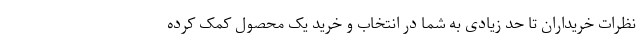
نظرات خریداران تا حد زیادی به شما در انتخاب و خرید یک محصول کمک کرده